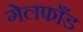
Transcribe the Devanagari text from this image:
गेलफाँड